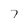
Character: 7